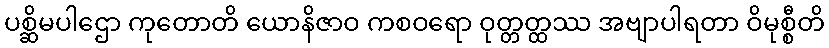
ပစ္ဆိမပါဌော ကုတောတိ ယောနိဇာဝ ကစဝရော ဝုတ္တတ္ထဿ အဗျာပါရတာ ဝိမုစ္စီတိ